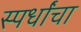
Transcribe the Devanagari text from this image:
स्पर्धांंचा